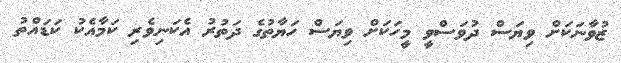
ޒުވާނަކަށް ވިޔަސް ދުވަސްވީ މީހަކަށް ވިޔަސް ހަޔާތުގެ ދަތުރު އެކަނިވެރި ކަމާއެކު ކަޑައްތު